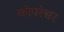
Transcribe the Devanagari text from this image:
कोपरेश्वर